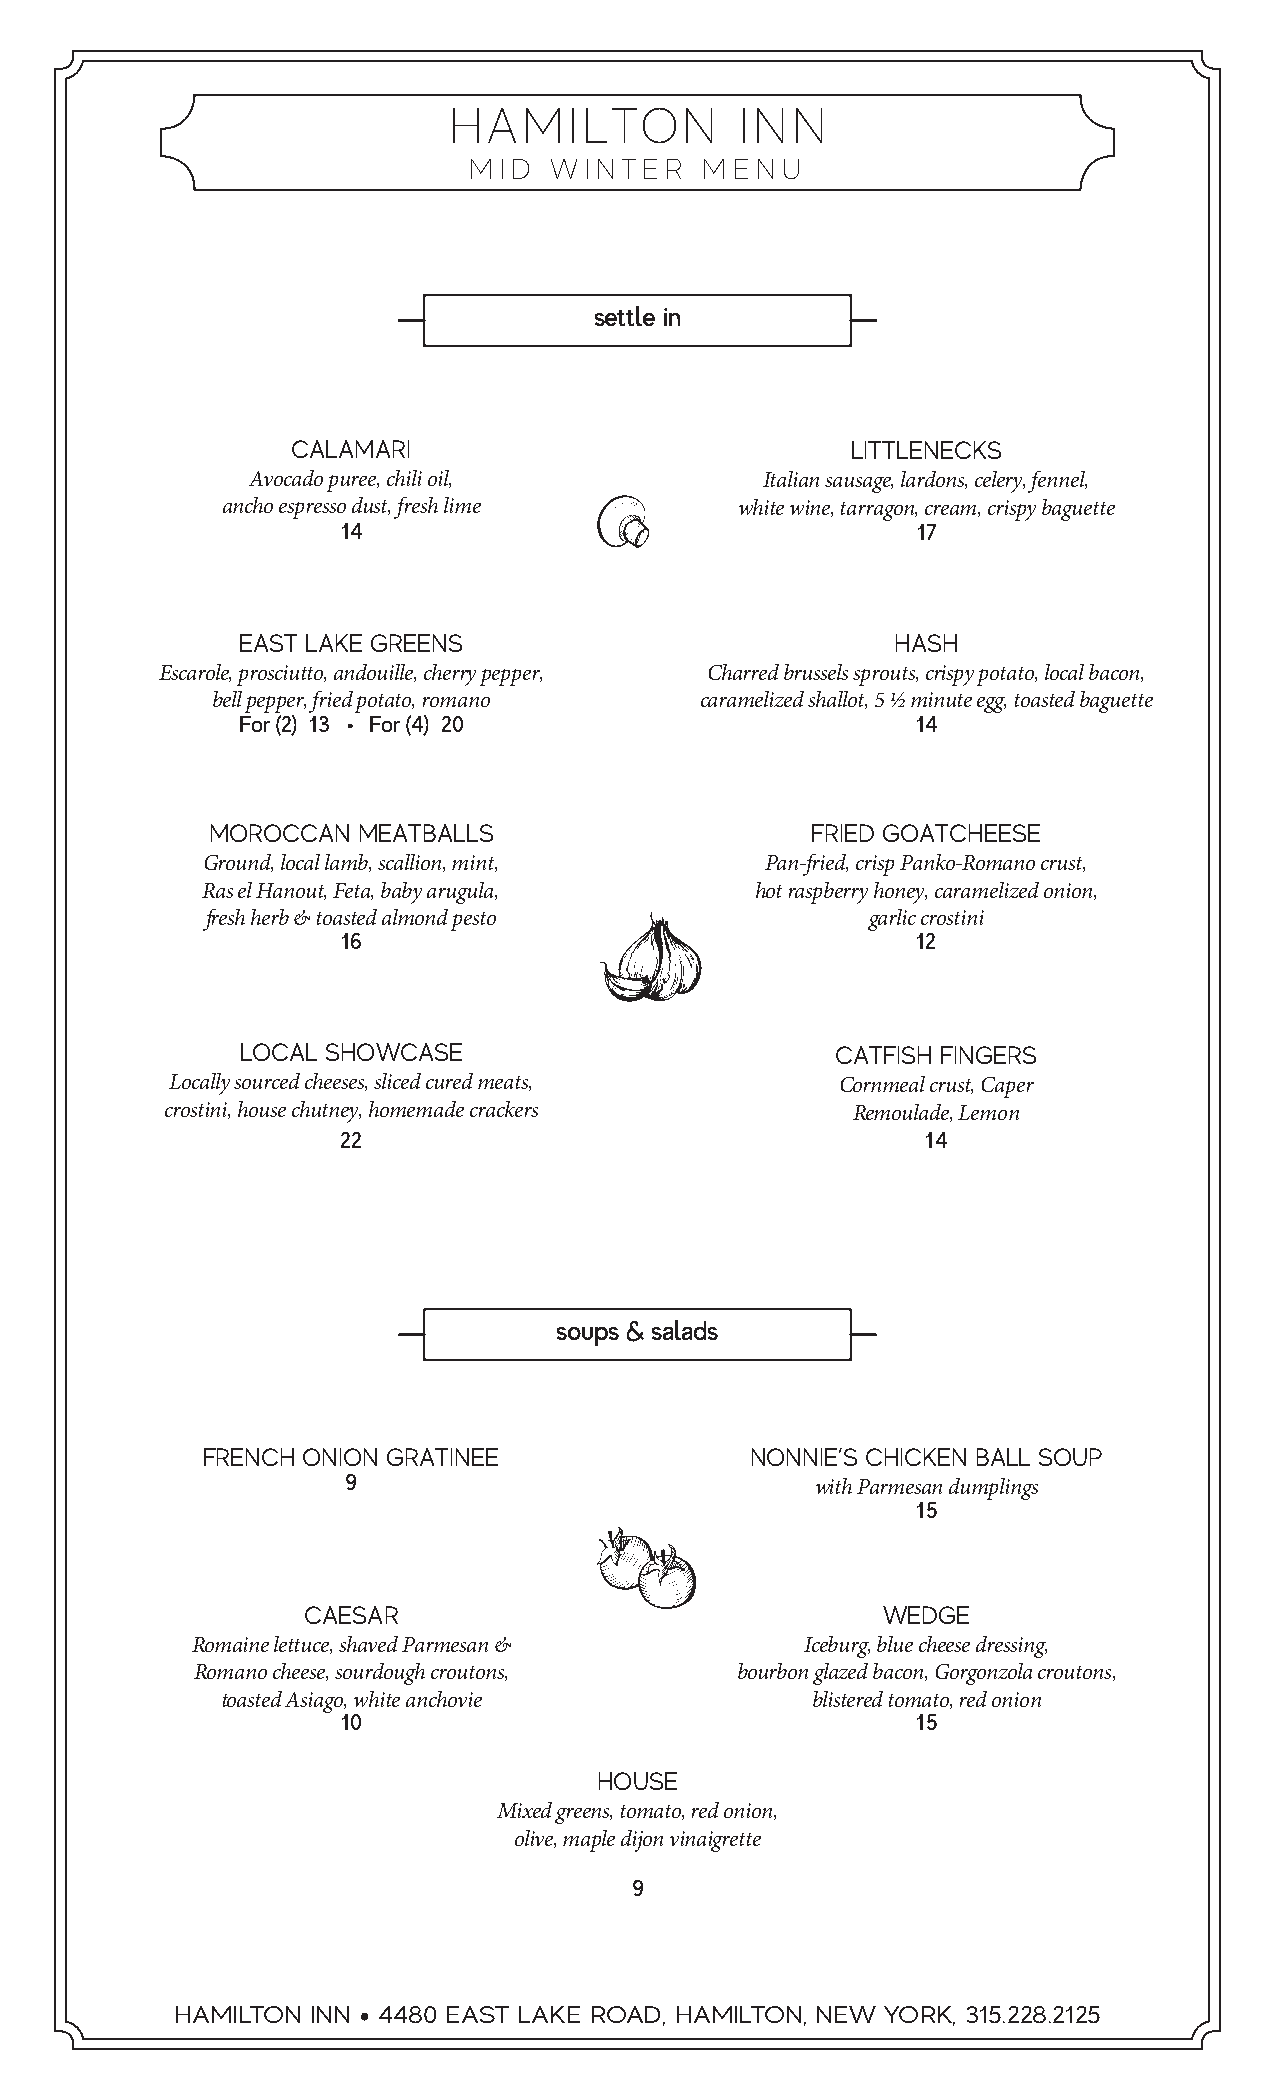
HAMILTON           INN
 MID  WINTER    MENU
 settle in
 CALAMARI                             LITTLENECKS
 Avocado puree, chili oil,          Italian sausage, lardons, celery, fennel,
 ancho espresso dust, fresh lime   white wine, tarragon, cream, crispy baguette
 14                                    17
 EAST LAKE GREENS                           HASH
 Escarole, prosciutto, andouille, cherry pepper, Charred brussels sprouts, crispy potato, local bacon,
 bell pepper, fried potato, romano caramelized shallot, 5 ½ minute egg, toasted baguette
 For (2) 13 • For (4) 20                      14
 MOROCCAN  MEATBALLS                     FRIED GOATCHEESE
 Ground, local lamb, scallion, mint,   Pan-fried, crisp Panko-Romano crust,
 Ras el Hanout, Feta, baby arugula,   hot raspberry honey, caramelized onion,
 fresh herb & toasted almond pesto           garlic crostini
 16                                    12
 LOCAL SHOWCASE                         CATFISH FINGERS
 Locally sourced cheeses, sliced cured meats, Cornmeal crust, Caper
 crostini, house chutney, homemade crackers   Remoulade, Lemon
 22                                    14
 soups & salads
 FRENCH ONION GRATINEE                NONNIE’S CHICKEN BALL SOUP
 9
 with Parmesan dumplings
 15
 CAESAR                                WEDGE
 Romaine lettuce, shaved Parmesan &      Iceburg, blue cheese dressing,
 Romano cheese, sourdough croutons,  bourbon glazed bacon, Gorgonzola croutons,
 toasted Asiago, white anchovie         blistered tomato, red onion
 10                                    15
 HOUSE
 Mixed greens, tomato, red onion,
 olive, maple dijon vinaigrette
 9
 HAMILTON INN • 4480 EAST LAKE ROAD, HAMILTON, NEW YORK, 315.228.2125